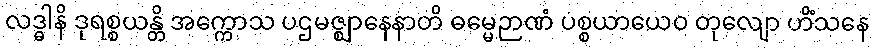
လဒ္ဓါနိ ဒုရစ္စယန္တိ အက္ကောသ ပဌမဇ္ဈာနေနာတိ ဓမ္မေဉာဏံ ပစ္စယာယေဝ တုလျော ဟိံသနေ